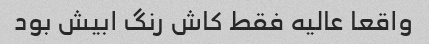
واقعا عالیه فقط کاش رنگ ابیش بود